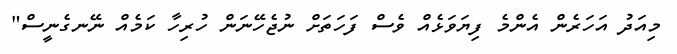
މިއަދު އަހަރެން އެންމެ ފިޔަވަޅެއް ވެސް ފަހަތަށް ނުޖެހޭނަން ހުރިހާ ކަމެއް ނޭނގެނީސް"